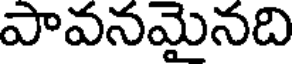
పావనమైనది